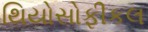
થિયોસોફીકલ